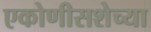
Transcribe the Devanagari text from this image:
एकोणीसशेच्या